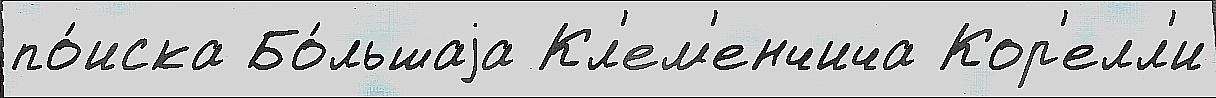
по́иска Бо́льшаjа Кл'ем'енчича Кор'елл'и